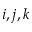
i , j , k